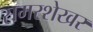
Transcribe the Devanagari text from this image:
समरशेखर